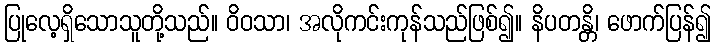
ပြုလေ့ရှိသောသူတို့သည်။ ဝိဝသာ၊ အလိုကင်းကုန်သည်ဖြစ်၍။ နိပတန္တိ၊ ဖောက်ပြန်၍